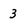
Character: 3